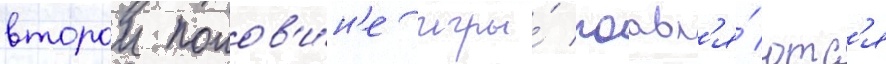
второи полов'и́н'е игры́ поавл'я́ютс'я